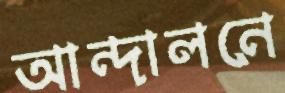
আন্দালনে